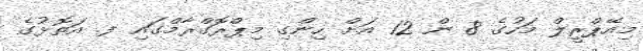
މިއޭޕްރީލް މަހުގެ 8 ން 12 އަށް ހިންގި މިޕްރޮގްރާމްގައި ފ. އަތޮޅުގެ